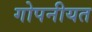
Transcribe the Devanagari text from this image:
गोपनीयत